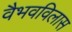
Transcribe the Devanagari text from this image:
वैभवविलास